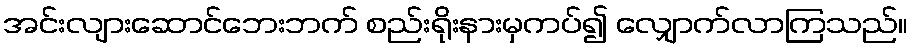
အင်းလျားဆောင်ဘေးဘက် စည်းရိုးနားမှကပ်၍ လျှောက်လာကြသည်။